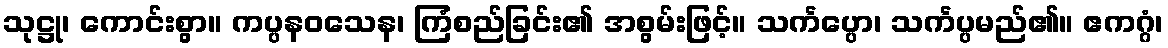
သုဋ္ဌု၊ ကောင်းစွာ။ ကပ္ပနဝသေန၊ ကြံစည်ခြင်း၏ အစွမ်းဖြင့်။ သင်္ကပ္ပော၊ သင်္ကပ္ပမည်၏။ ဧကဂ္ဂံ၊